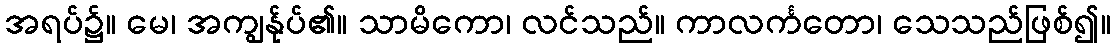
အရပ်၌။ မေ၊ အကျွန်ုပ်၏။ သာမိကော၊ လင်သည်။ ကာလင်္ကတော၊ သေသည်ဖြစ်၍။